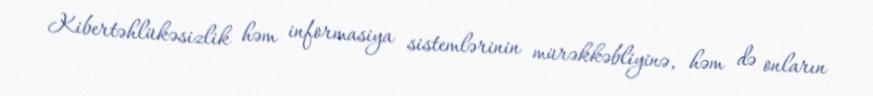
Kibertəhlükəsizlik həm informasiya sistemlərinin mürəkkəbliyinə, həm də onların